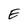
Character: E